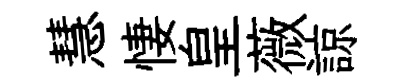
慧悽皇薇諒